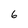
Character: 6